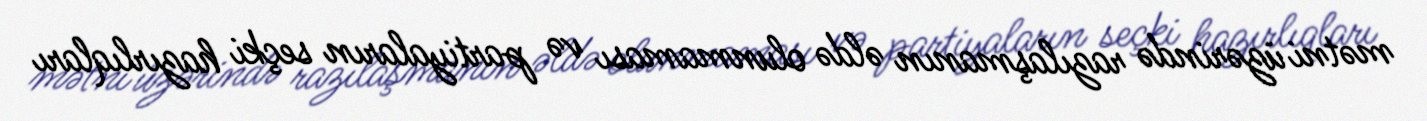
mətni üzərində razılaşmanın əldə olunmaması və partiyaların seçki hazırlıqları